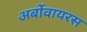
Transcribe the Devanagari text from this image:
अर्बोवायरस